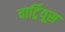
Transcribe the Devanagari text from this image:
चार्ट्रियूस